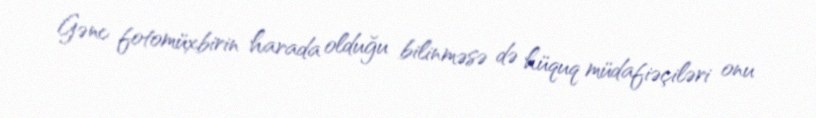
Gənc fotomüxbirin harada olduğu bilinməsə də hüquq müdafiəçiləri onu